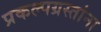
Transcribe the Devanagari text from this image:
प्रकल्पग्रस्तांना